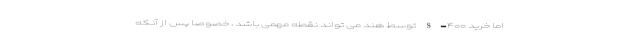
اما خرید S-۴۰۰ توسط هند می تواند نقطه مهمی باشد ، خصوصاً پس از آنکه